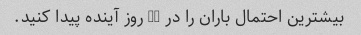
بیشترین احتمال باران را در 10 روز آینده پیدا کنید.